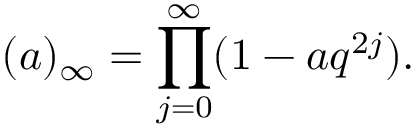
( a ) _ { \infty } = \prod _ { j = 0 } ^ { \infty } ( 1 - a q ^ { 2 j } ) .